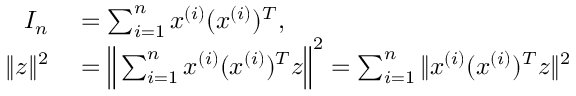
\begin{array} { r l } { I _ { n } } & { { } = \sum _ { i = 1 } ^ { n } x ^ { ( i ) } ( x ^ { ( i ) } ) ^ { T } , } \\ { \| z \| ^ { 2 } } & { { } = \Big \| \sum _ { i = 1 } ^ { n } x ^ { ( i ) } ( x ^ { ( i ) } ) ^ { T } z \Big \| ^ { 2 } = \sum _ { i = 1 } ^ { n } \| x ^ { ( i ) } ( x ^ { ( i ) } ) ^ { T } z \| ^ { 2 } } \end{array}